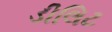
ડીલિટ